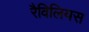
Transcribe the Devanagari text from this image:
रैविलियस